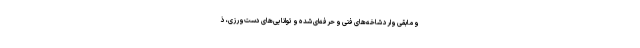
و مابقی وارد شاخه‌های فنی و حرفه‌ای شده و توانایی‌های دست‌ورزی، ذ